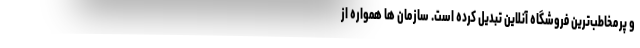
و پرمخاطب‌ترین فروشگاه آنلاین تبدیل کرده است. سازمان­ ها همواره از